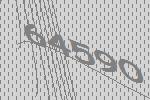
64590